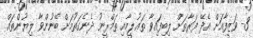
3- ވަޒީފާއަށް އެދޭ ފަރާތަށް ލިބިފައިވާ ތަޢުލީމާއި ތަމްރީނު ދެނެގަތުމަށް ބޭނުންވާ ލިޔުންތައް.